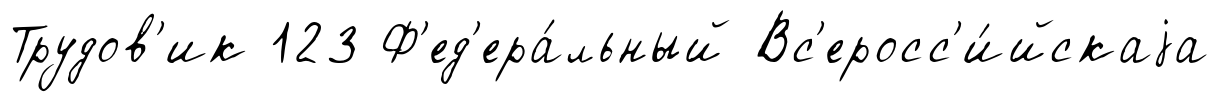
Трудов'ик 123 Ф'ед'ера́льный Вс'еросс'и́йскаjа